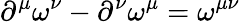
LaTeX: \partial^{\mu}\omega^{\nu}-\partial^{\nu}\omega^{\mu}=\omega^{\mu\nu}